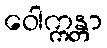
ဝေါက္ကန္တာ